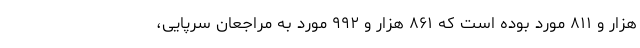
هزار و ۸۱۱ مورد بوده است که ۸۶۱ هزار و ۹۹۲ مورد به مراجعان سرپایی،